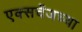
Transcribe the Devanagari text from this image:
एक्सचेंजच्या